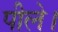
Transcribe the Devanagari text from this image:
पीले।